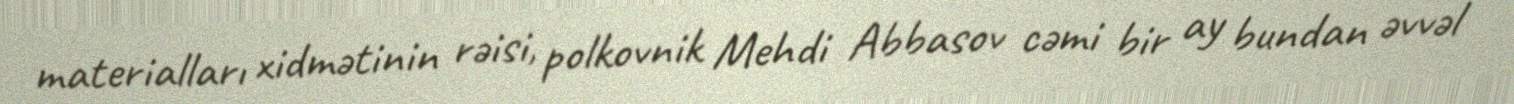
materialları xidmətinin rəisi, polkovnik Mehdi Abbasov cəmi bir ay bundan əvvəl